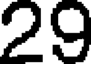
29